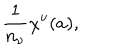
LaTeX: { \frac { 1 } { n _ { \nu } } } \chi ^ { \nu } ( a ) ,